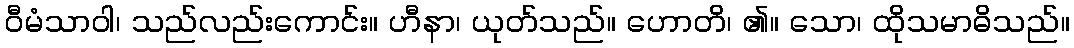
ဝီမံသာဝါ၊ သည်လည်းကောင်း။ ဟီနာ၊ ယုတ်သည်။ ဟောတိ၊ ၏။ သော၊ ထိုသမာဓိသည်။